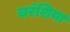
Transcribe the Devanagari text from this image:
चरंशिया